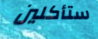
ستأكلين